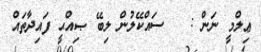
ޢިލްމީ ނަން :   ސައްކޭލުން ލިބޭ ޞިއްޙީ ފައިދާތައް